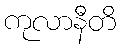
ကုလာနီတိ